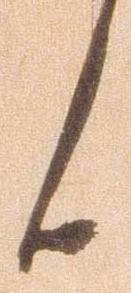
候